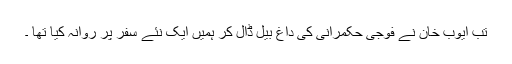
تب ایوب خان نے فوجی حکمرانی کی داغ بیل ڈال کر ہمیں ایک نئے سفر پر روانہ کیا تھا ۔